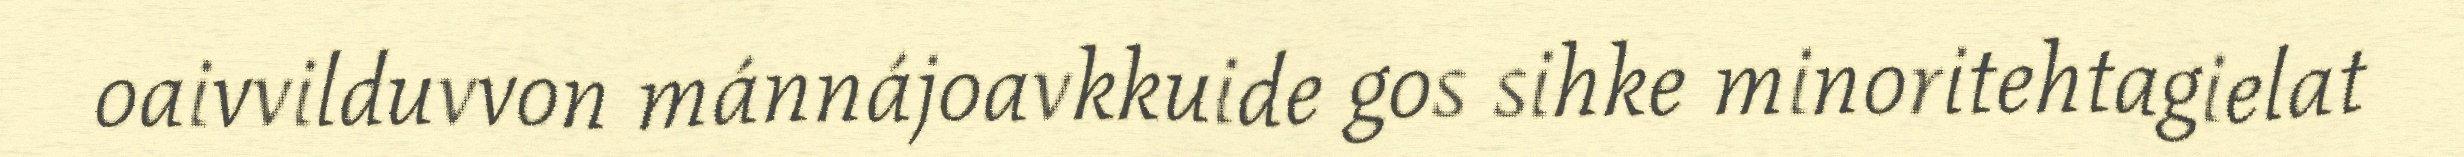
oaivvilduvvon mánnájoavkkuide gos sihke minoritehtagielat